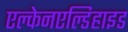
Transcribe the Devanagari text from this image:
एल्केनएल्डिहाइड